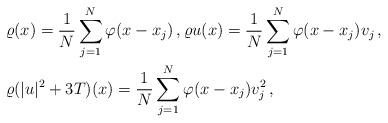
LaTeX: \begin{align*}& \varrho (x) = \frac 1N \sum_{j=1}^N \varphi (x-x_j)\,, \varrho u (x) = \frac 1N \sum_{j=1}^N \varphi (x-x_j)v_j\,, \\ & \varrho(|u|^2 +3T)(x) = \frac 1N \sum_{j=1}^N \varphi (x-x_j)v_j^2\,,\end{align*}